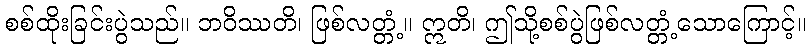
စစ်ထိုးခြင်းပွဲသည်။ ဘဝိဿတိ၊ ဖြစ်လတ္တံ့။ ဣတိ၊ ဤသို့စစ်ပွဲဖြစ်လတ္တံ့သောကြောင့်။